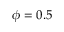
\phi = 0 . 5